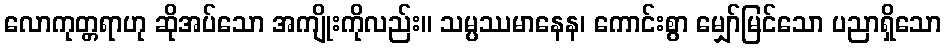
လောကုတ္တရာဟု ဆိုအပ်သော အကျိုးကိုလည်း။ သမ္ပဿမာနေန၊ ကောင်းစွာ မျှော်မြင်သော ပညာရှိသော